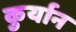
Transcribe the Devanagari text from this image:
कुर्यान